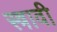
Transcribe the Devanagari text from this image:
स्त्रावी